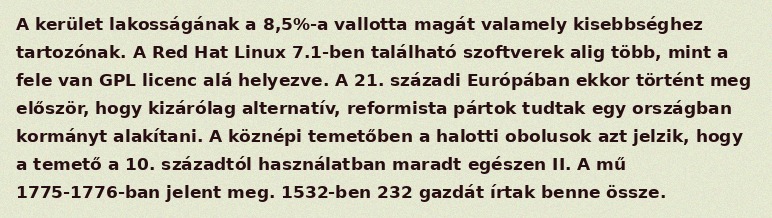
A kerület lakosságának a 8,5%-a vallotta magát valamely kisebbséghez tartozónak. A Red Hat Linux 7.1-ben található szoftverek alig több, mint a fele van GPL licenc alá helyezve. A 21. századi Európában ekkor történt meg először, hogy kizárólag alternatív, reformista pártok tudtak egy országban kormányt alakítani. A köznépi temetőben a halotti obolusok azt jelzik, hogy a temető a 10. századtól használatban maradt egészen II. A mű 1775-1776-ban jelent meg. 1532-ben 232 gazdát írtak benne össze.